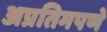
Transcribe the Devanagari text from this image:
अप्रतिमपणे